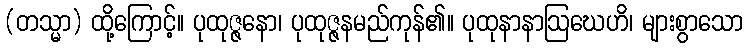
(တသ္မာ) ထို့ကြောင့်။ ပုထုဇ္ဇနော၊ ပုထုဇ္ဇနမည်ကုန်၏။ ပုထုနာနာဩဃေဟိ၊ များစွာသော